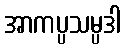
အာကပ္ပသမ္ပဒါ